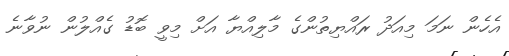
އެހެން ނަމަ މިއަދު ރައްޔިތުންގެ މާލިއްޔާ އަށް މިވީ ބޮޑު ގެއްލުން ނުވާނެ